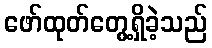
ဖော်ထုတ်တွေ့ရှိခဲ့သည်